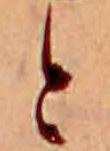
と